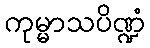
ကုမ္မာသပိဏ္ဍံ